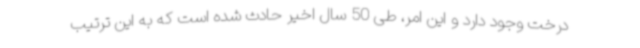
درخت وجود دارد و این امر، طی 50 سال اخیر حادث شده است که به این ترتیب